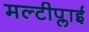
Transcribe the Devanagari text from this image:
मल्टीप्लाई